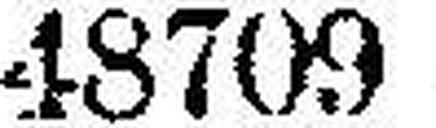
48709